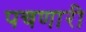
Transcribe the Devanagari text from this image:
पचणारी